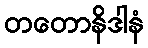
တတောနိဒါနံ